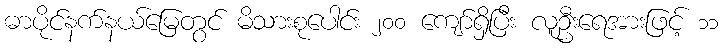
ဓာပိုင်နက်နယ်မြေတွင် မိသားစုပေါင်း ၂၀၀ ကျော်ရှိပြီး လူဦးရေအားဖြင့် ၁၁